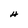
Character: H